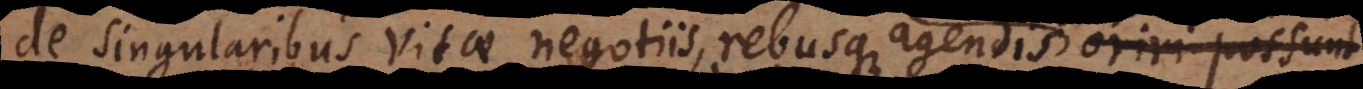
de singularibus vitae negotiis, rebusque agendis oriri possunt